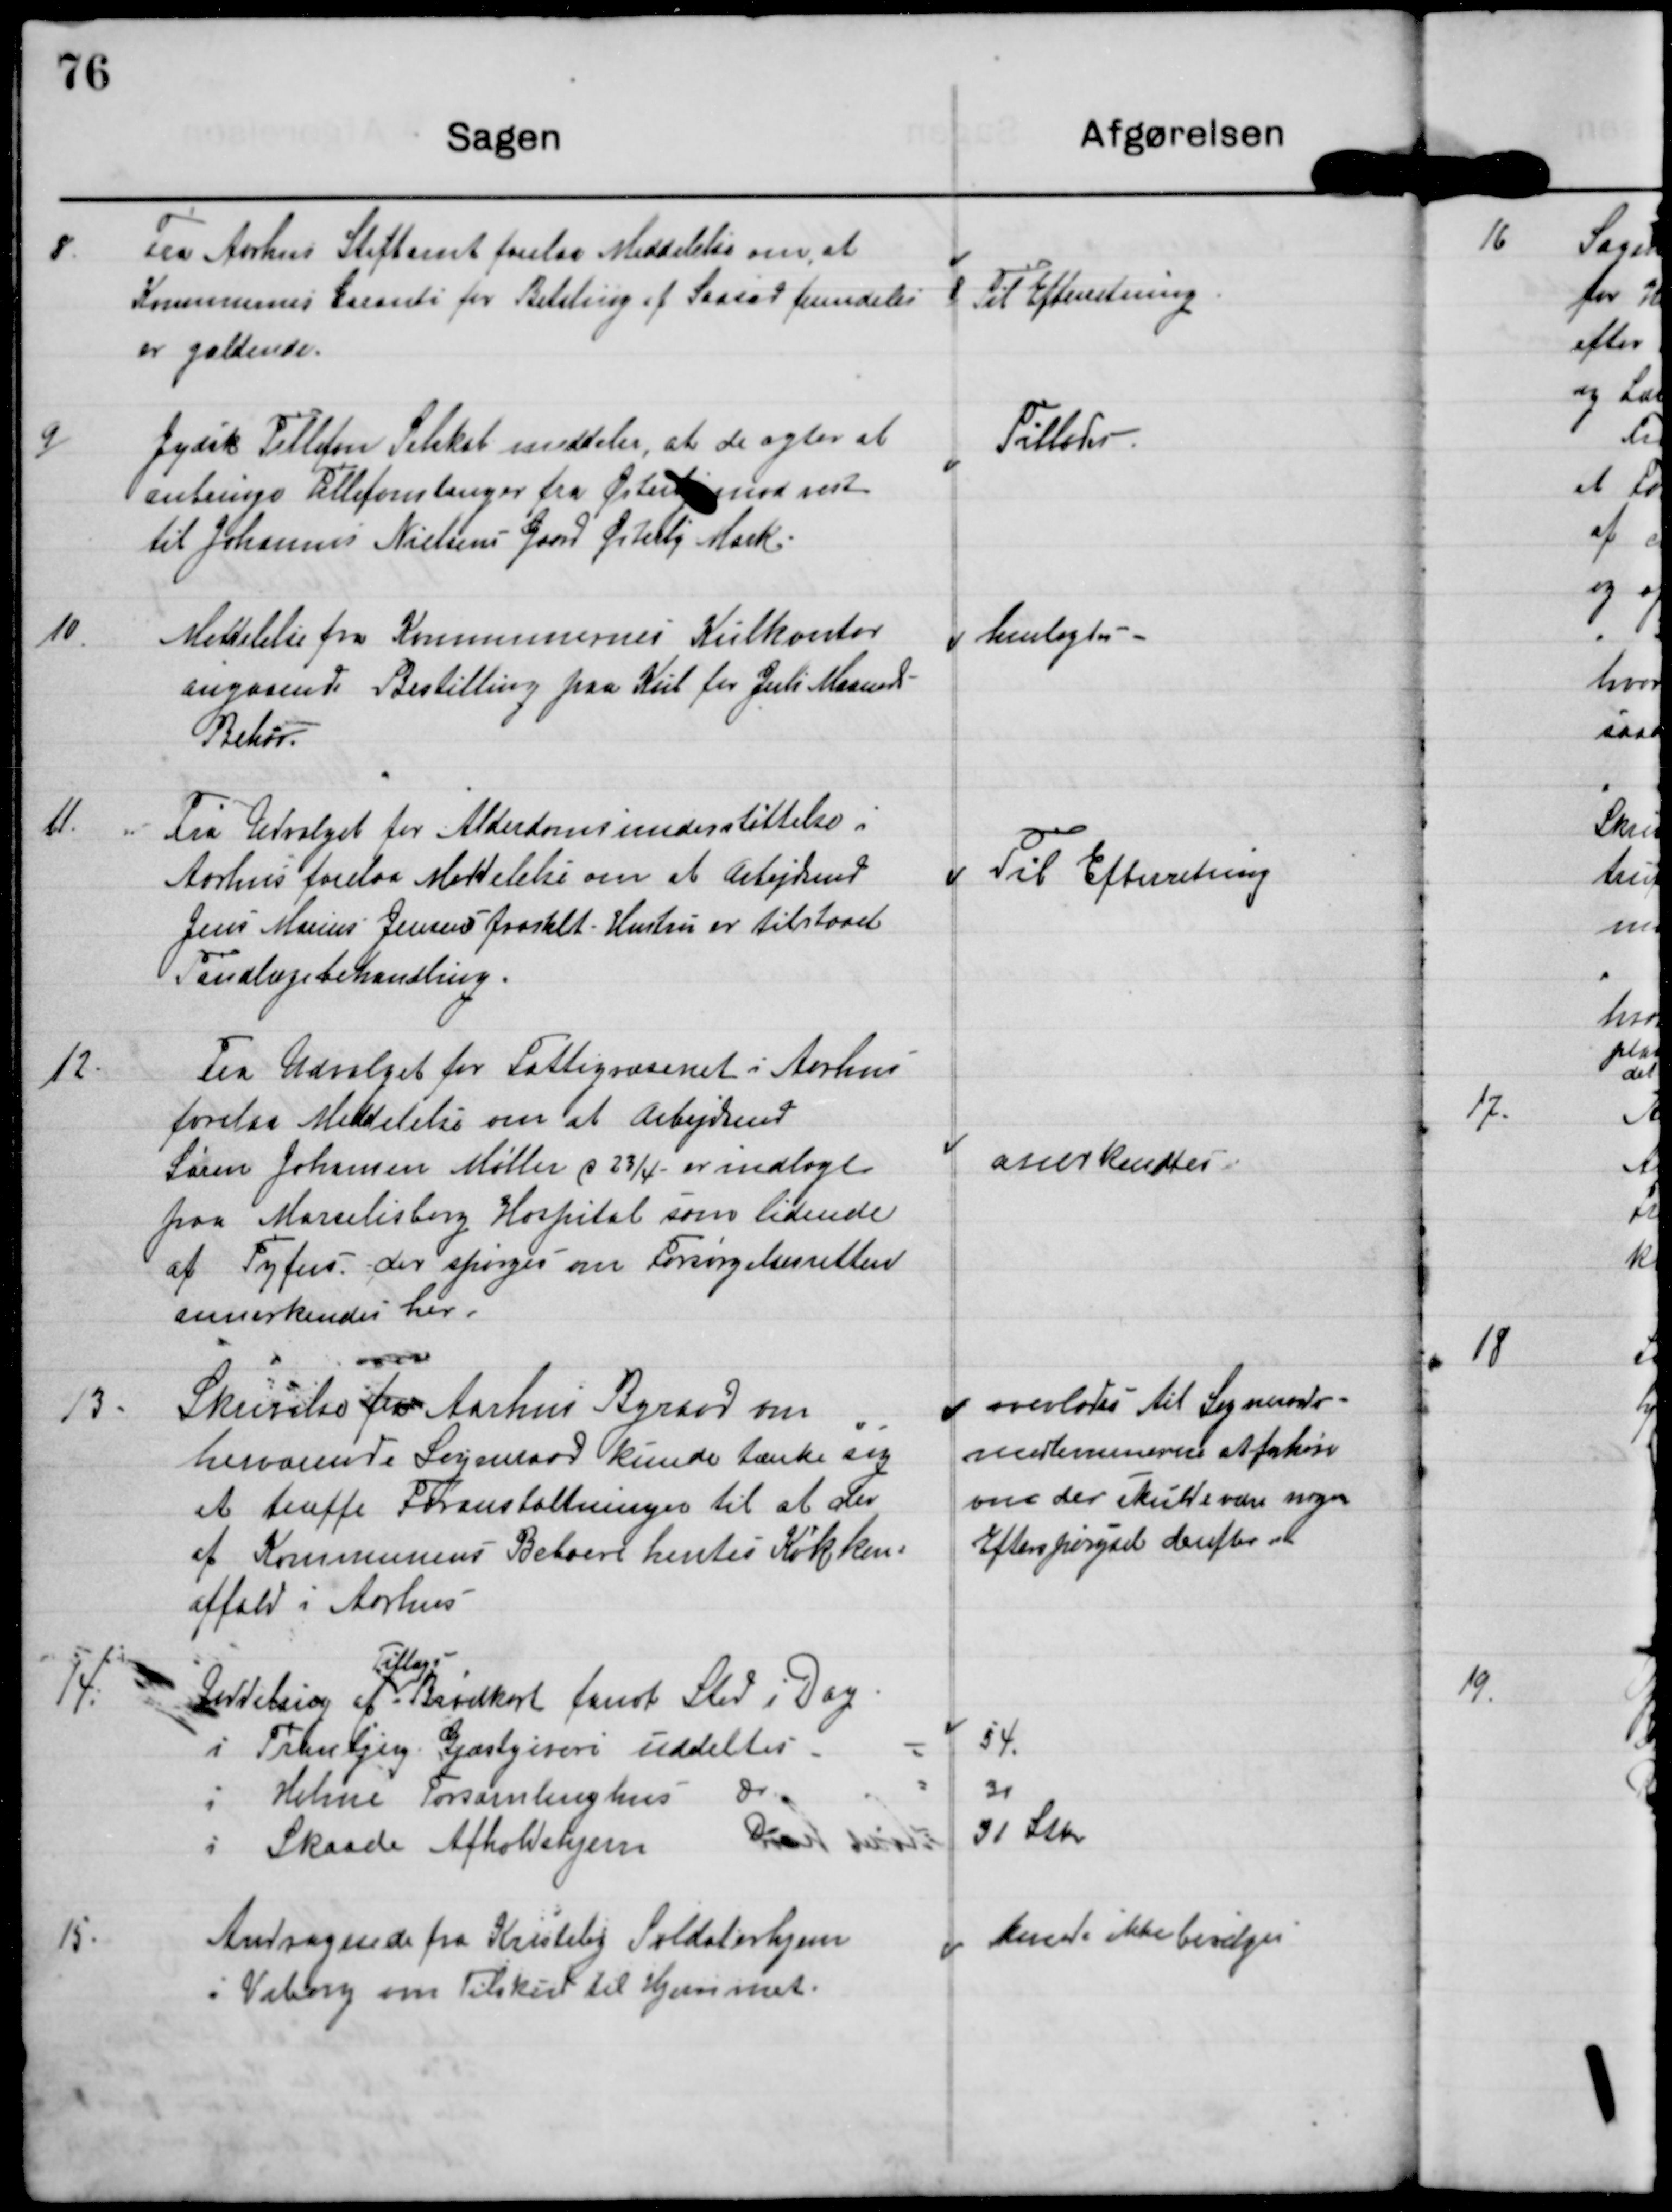
Transskription:
8 Fra Aarhus Stiftamt forelaa Meddelelse om, at
Kommunens Garanti for Betaling af Social fremdeles
er gældende.

Til Efterretning

9 Jydsk Telefon Selskab meddeler, at de agter at
anbringe Telefonslanger fra Østerby mod vest
til Johannes Nielsens Gaard Østerby Mark.

Tillades

henlagtes

10. Meddelelse fra Kommunernes Kulkontor
angaaende Bestilling paa Kul for Juli Maaned
Behov.

11. Fra udvalget for Alderdomsunderstøttelse i
Aarhus forelaa Meddelelse om at Arbejdsmd
Jens Marius Jensens fraskilt Hustru er tilstaaet
Tandlægebehandling.

Til Efterretning

12. Fra Udvalget for Fattigvæsenet i Aarhus
forelaa Meddelelse om at Arbejdsmd
Søren Johansen Møller d 23/4 er indlagt
paa Marselisborg Hospital som lidende
af Tyfus. der spørges om Forsørgelsesretten
annerkendes her.

anerkendtes

13. Skrivelse fra Aarhus Byraad om
herværende Sogneraad kunde tænke sig
at træffe Foranstaltninger til at der
af Kommunens Beboere hentes Køkken-
affald i Aarhus

overlades til Sogneraads-
medlemmerne at forhøre
om der skulle være nogen
Efterspørgsel derefter.

Tillægs
14. Tildeling af Brødkort fandt Sted i Dag
i Tranbjerg Gjæstgiveri uddeltes
54
i Holme Forsamlingshus
31
i Skaade Afholdshjem
31 Stk

Kunde ikke bevilges

15. Andragende fra Kristelig Soldaterhjem
i Viborg om Tilskud til Hjemmet